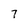
Character: 7